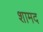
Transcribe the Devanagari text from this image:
शामद